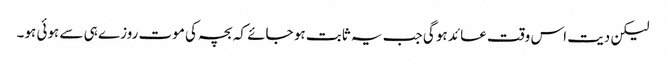
لیکن دیت اس وقت عائد ہو گی جب یہ ثابت ہو جائے کہ بچہ کی موت روزے ہی سے ہوئی ہو۔